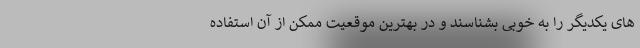
های یکدیگر را به خوبی بشناسند و در بهترین موقعیت ممکن از آن استفاده